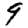
Digit: 9